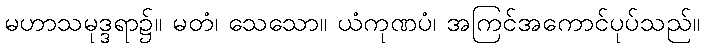
မဟာသမုဒ္ဒရာ၌။ မတံ၊ သေသော။ ယံကုဏပံ၊ အကြင်အကောင်ပုပ်သည်။